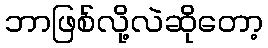
ဘာဖြစ်လို့လဲဆိုတော့